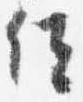
位